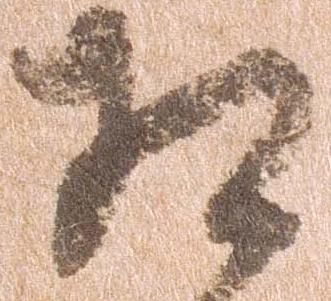
相